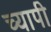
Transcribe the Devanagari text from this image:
च्यापी